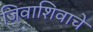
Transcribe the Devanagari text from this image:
जिवाशिवाचे